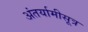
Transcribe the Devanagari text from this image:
अंतर्यामीसूत्र